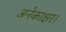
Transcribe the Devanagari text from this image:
अनेकाक्षर।